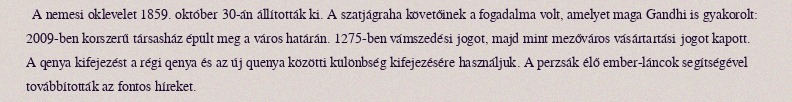
A nemesi oklevelet 1859. október 30-án állították ki. A szatjágraha követőinek a fogadalma volt, amelyet maga Gandhi is gyakorolt: 2009-ben korszerű társasház épült meg a város határán. 1275-ben vámszedési jogot, majd mint mezőváros vásártartási jogot kapott. A qenya kifejezést a régi qenya és az új quenya közötti különbség kifejezésére használjuk. A perzsák élő ember-láncok segítségével továbbították az fontos híreket.